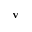
\textbf { v }